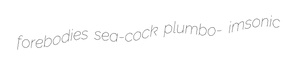
forebodies sea-cock plumbo- imsonic